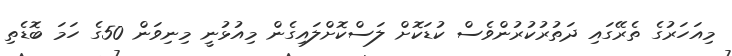
މިއަހަރުގެ ތެރޭގައި ދަތުރުކުރުންވެސް ކުޑަކޮށް ލަސްކޮށްލައިގެން މިއުޅުނީ މިނިވަން 50ގެ ހަމަ ބޮޑެތި